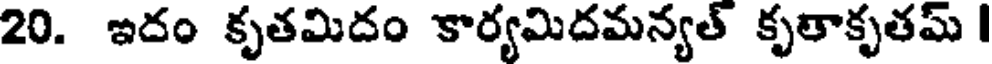
20. ఇదం కృతమిదం కార్యమిదమన్యత్ కృతాకృతమ్ |